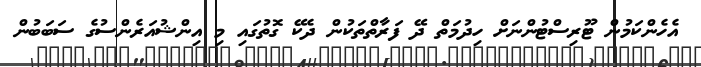
އެހެންކަމުން ޓޫރިސްޓުންނަށް ހިދުމަތް ދޭ ފަރާތްތަކުން ދެކޭ ގޮތުގައި މި އިންޝުއަރެންސުގެ ސަބަބުން